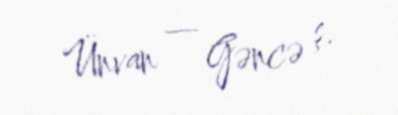
Ünvan — Gəncə ş.